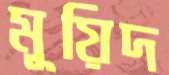
মূয়িদ